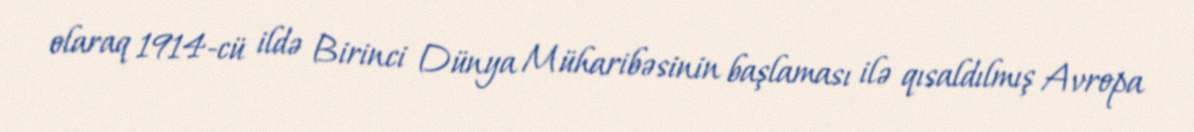
olaraq 1914-cü ildə Birinci Dünya Müharibəsinin başlaması ilə qısaldılmış Avropa